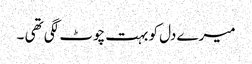
میرے دل کو بہت چوٹ لگی تھی ۔